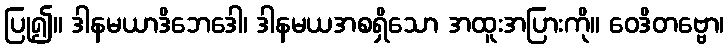
ပြု၍။ ဒါနမယာဒိဘေဒေါ၊ ဒါနမယအစရှိသော အထူးအပြားကို။ ဝေဒိတဗ္ဗော၊